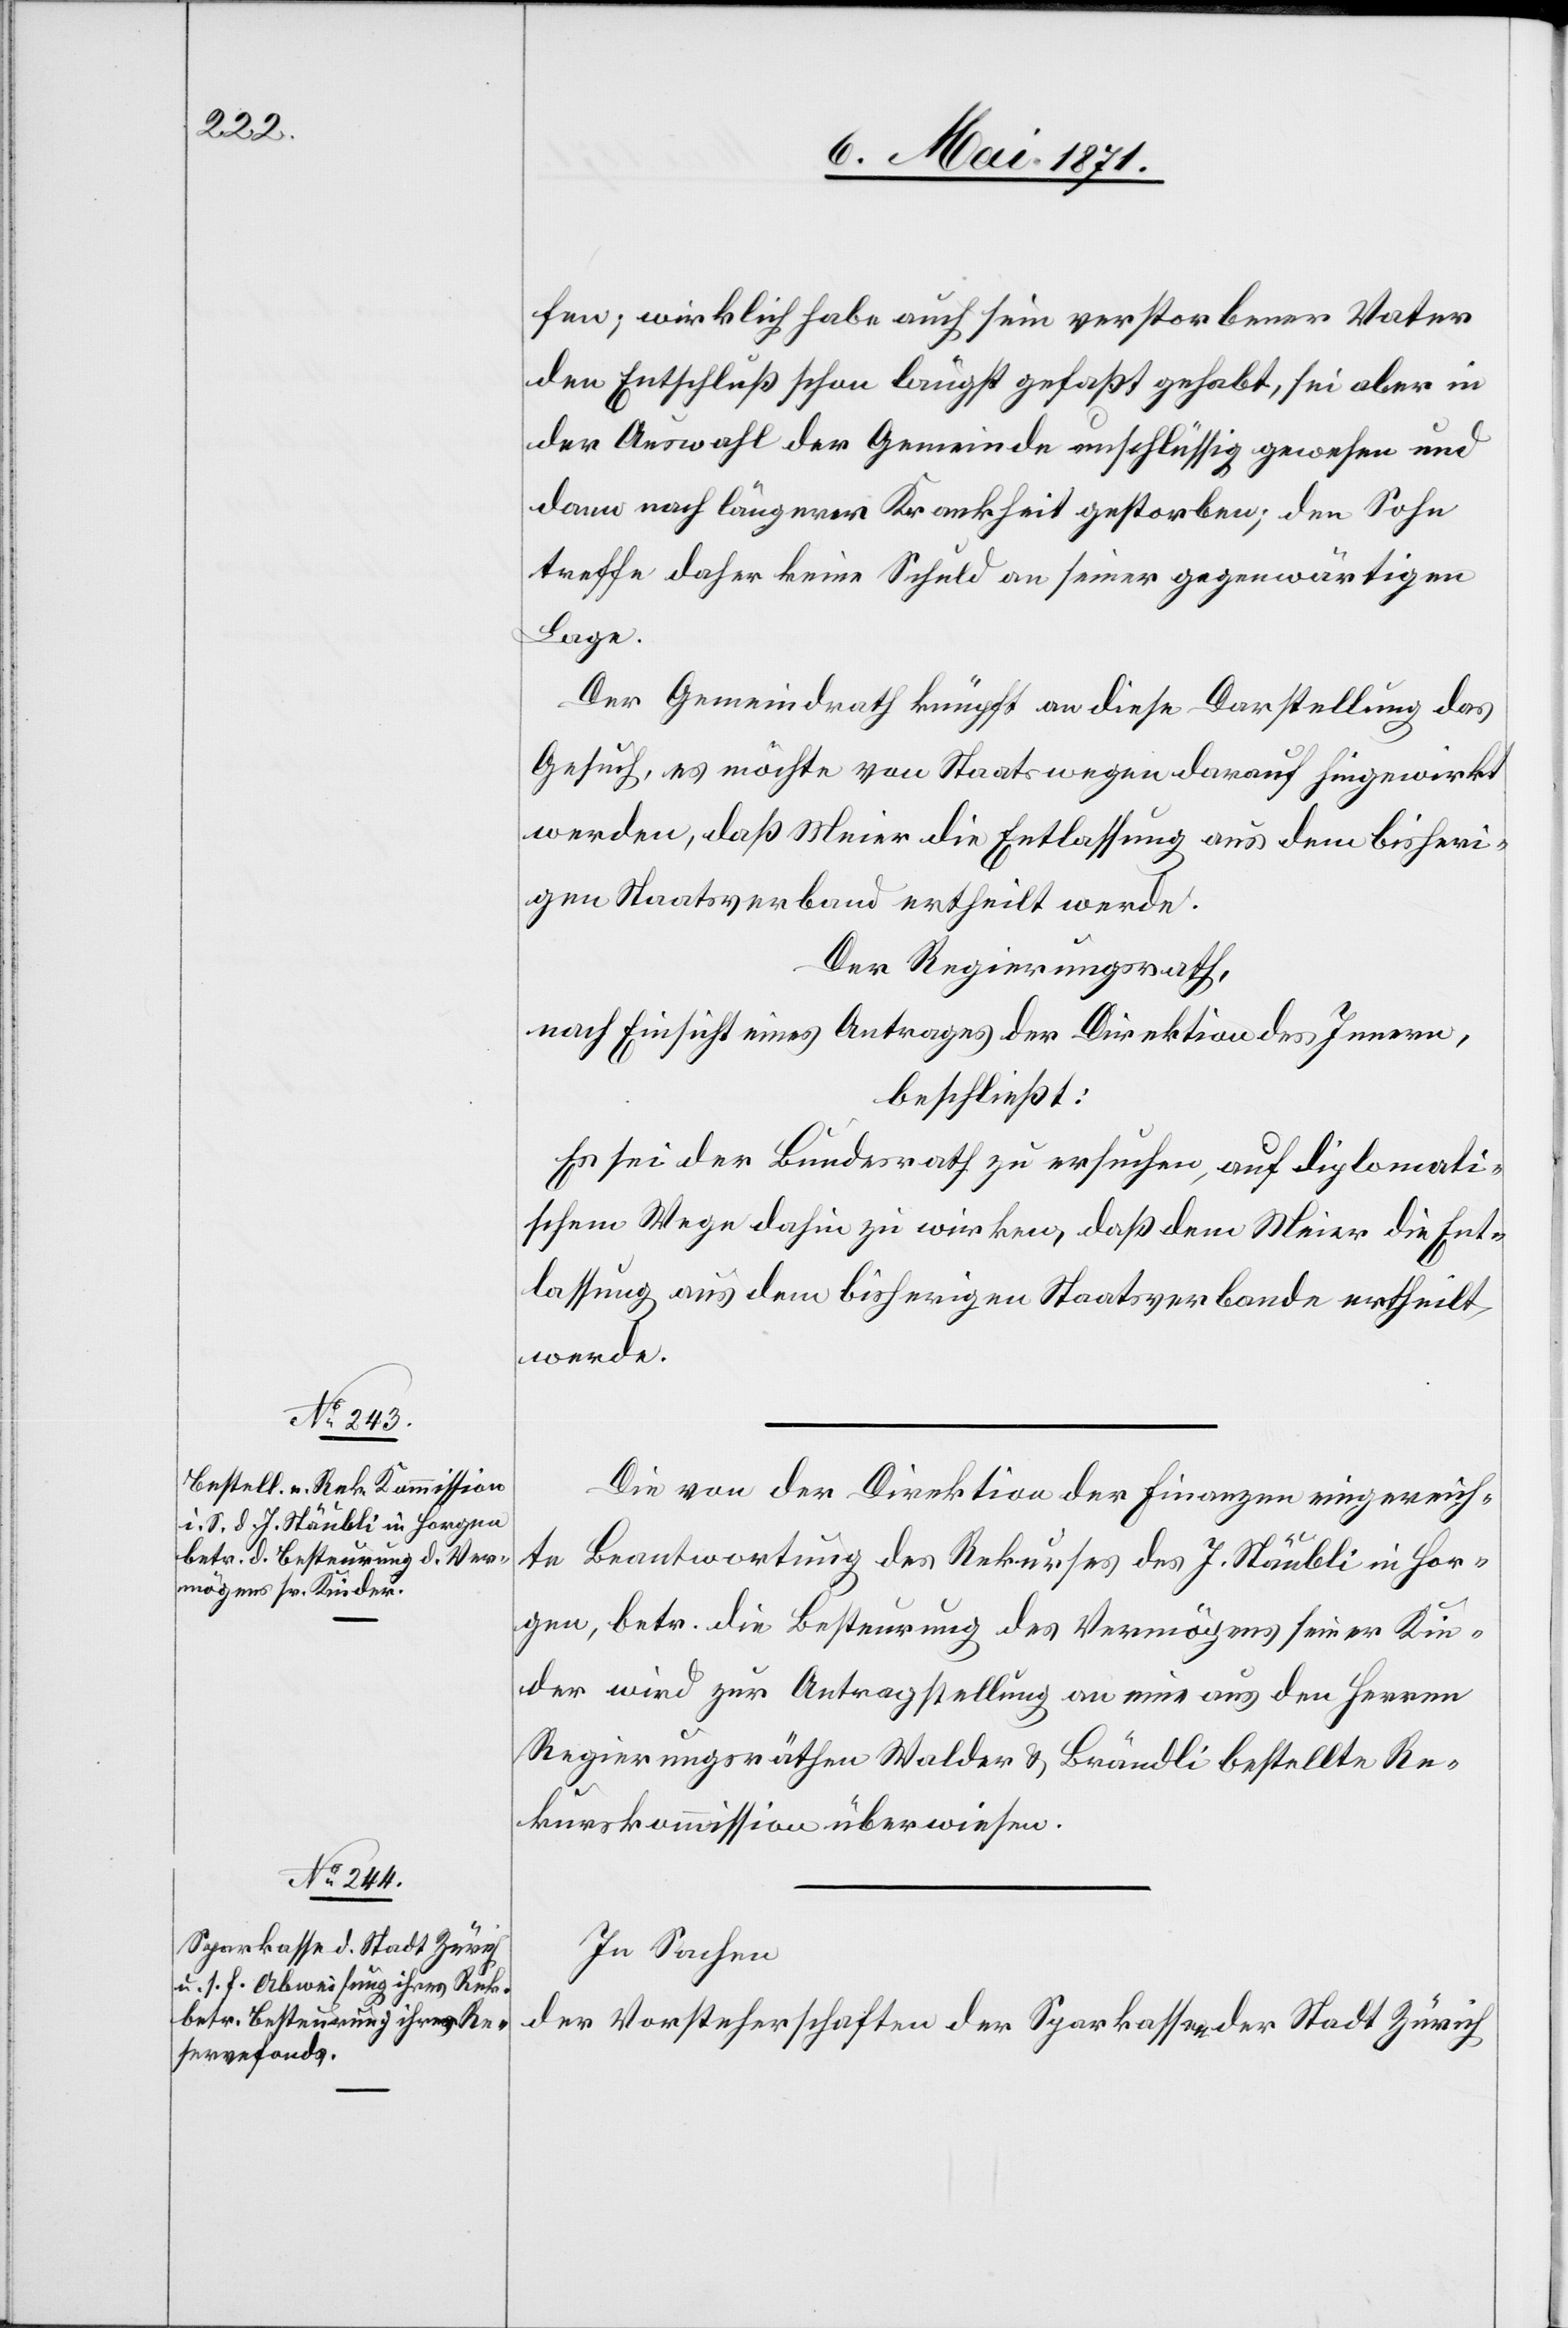
fen, wirklich habe auch sein verstorbener Vater
den Entschluß schon längst gefaßt gehabt, sei aber in
der Auswahl der Gemeinde unschlüssig gewesen und
dann nach längerer Krankheit gestorben; den Sohn
treffe daher keine Schuld an seiner gegenwärtigen
Lage.
Der Gemeindrath knüpft an diese Darstellung das
Gesuch, es möchte von Staatswegen darauf hingewirkt
werden, daß Meier die Entlassung aus dem bisheri¬
gen Staatsverband ertheilt werde.
Der Regierungsrath,
nach Einsicht eines Antrages der Direktion des Innern,
beschließt:
Es sei der Bundesrath zu ersuchen, auf diplomati¬
schem Wege dahin zu wirken, daß dem Meier die Ent¬
lassung aus dem bisherigen Staatsverbande ertheilt
werde.
Die von der Direktion der Finanzen eingereich¬
te Beantwortung des Rekurses des J. Stäubli in Hor¬
gen, betr. die Besteurung des Vermögens seiner Kin¬
der wird zur Antragstellung an eine aus den Herren
Regierungsräthen Walder u. Brändli bestellte Re¬
kurskommission überwiesen.
In Sachen
der Vorsteherschaften der Sparkasse der Stadt Zürich